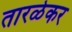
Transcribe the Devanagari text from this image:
तारळेकर